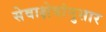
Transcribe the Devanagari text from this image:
सेवाक्षेत्रांनुसार